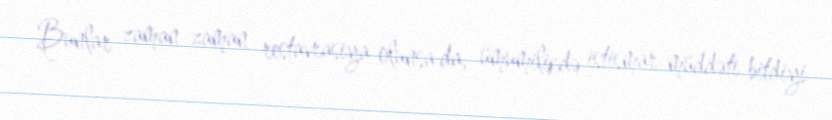
Bunlar zaman-zaman restavrasiya olunsa da, ümumilikdə istismar müddəti bitdiyi